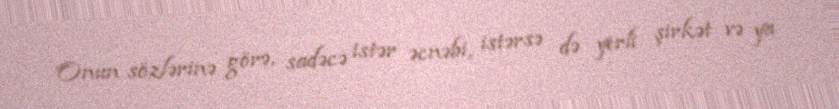
Onun sözlərinə görə, sadəcə istər əcnəbi, istərsə də yerli şirkət və ya